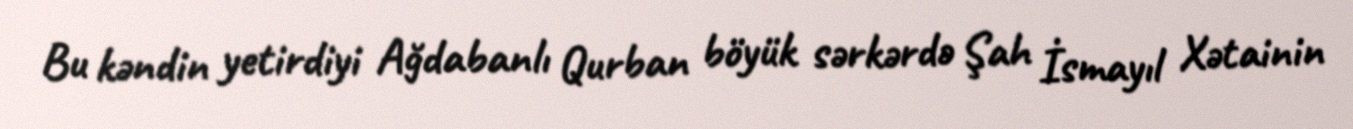
Bu kəndin yetirdiyi Ağdabanlı Qurban böyük sərkərdə Şah İsmayıl Xətainin